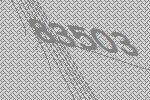
83503